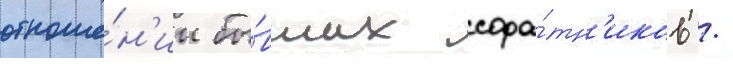
отноше́н'ии бы́вших сора́тн'иков /